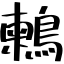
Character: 鶫